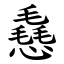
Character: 㦌